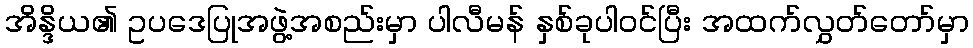
အိန္ဒိယ၏ ဥပဒေပြုအဖွဲ့အစည်းမှာ ပါလီမန် နှစ်ခုပါဝင်ပြီး အထက်လွှတ်တော်မှာ